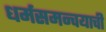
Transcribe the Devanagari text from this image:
धर्मसमन्वयाची